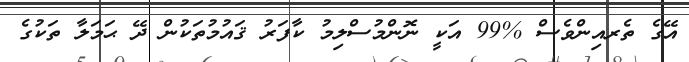
އޭގެ ތެރއިންވެސް %99 އަކީ ނޮންމުސްލިމު ކާފަރު ޤައުމުތަކުން ދޭ ޙަމަލާ ތަކުގެ